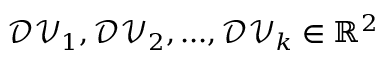
\mathcal { D V } _ { 1 } , \mathcal { D V } _ { 2 } , . . . , \mathcal { D V } _ { k } \in \mathbb { R } ^ { 2 }